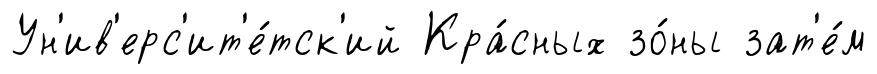
Ун'ив'ерс'ит'е́тск'ий Кра́сных зо́ны зат'е́м